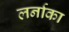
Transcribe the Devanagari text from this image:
लर्नाका